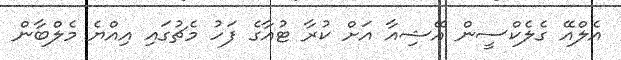
އެލްއޭ ގެލެކްސީން އޭޝިއާ އަށް ކުރާ ޓުއާގެ ފަހު މެޗުގައި އިއްޔެ މެލްބާން